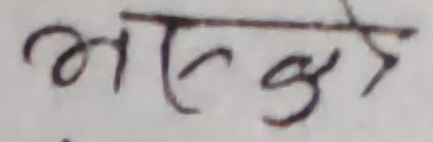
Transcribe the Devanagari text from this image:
भासकेको